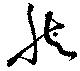
然